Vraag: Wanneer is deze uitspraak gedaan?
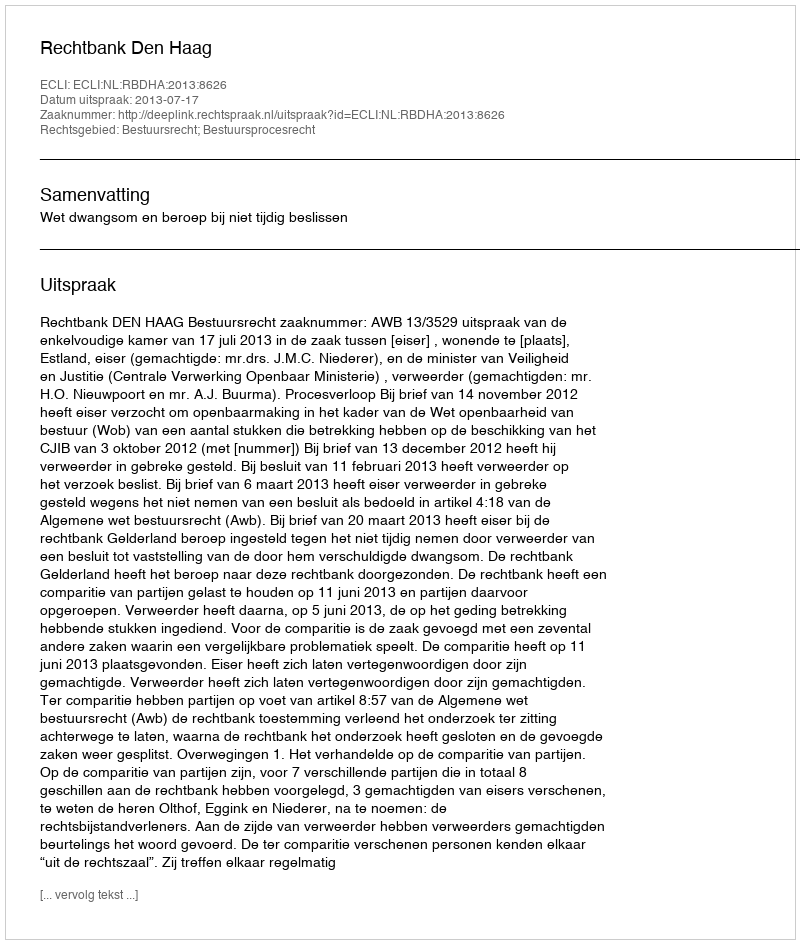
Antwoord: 2013-07-17